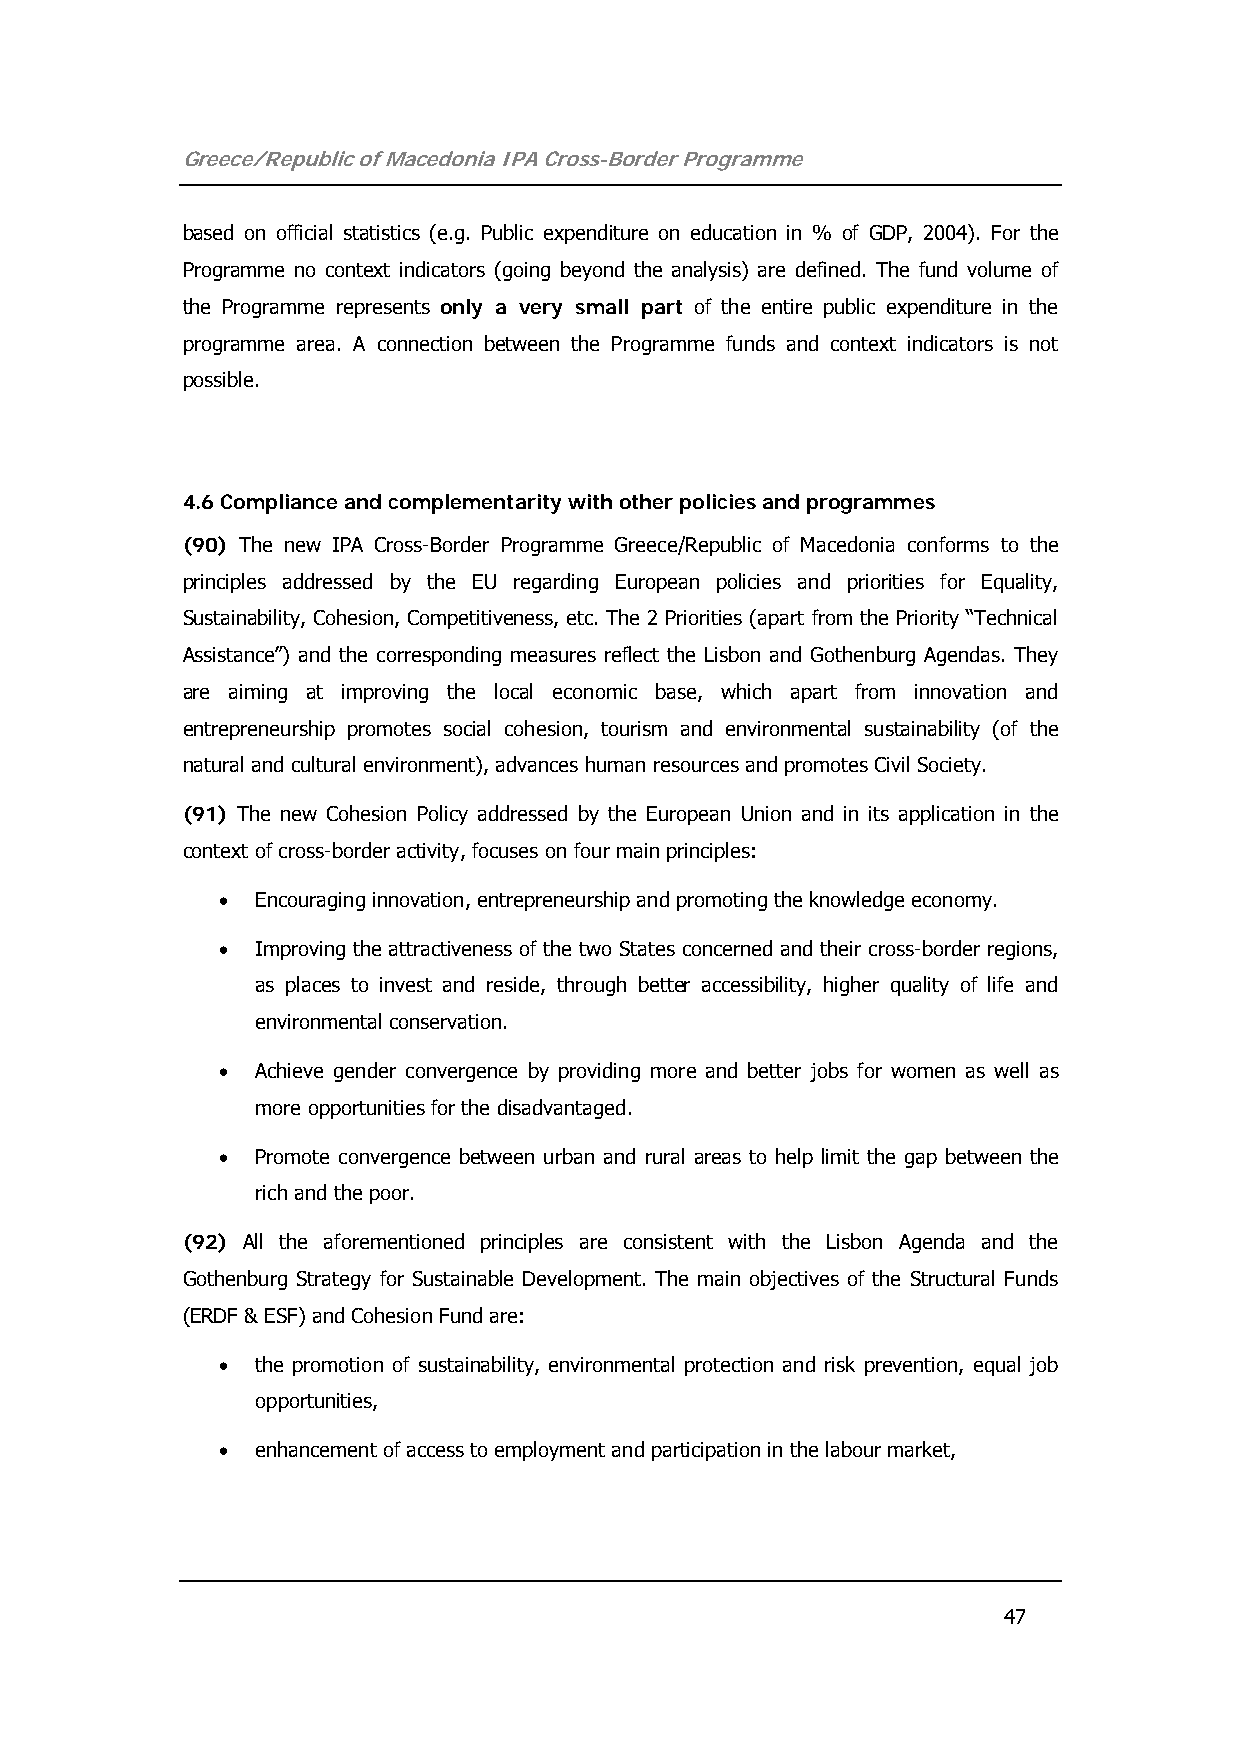
Greece/Republic of Macedonia IPA Cross-Border Programme
 based on official statistics (e.g. Public expenditure on education in % of GDP, 2004). For the
 Programme no context indicators (going beyond the analysis) are defined. The fund volume of
 the Programme represents only a very small part of the entire public expenditure in the
 programme area. A connection between the Programme funds and context indicators is not
 possible.
 4.6 Compliance and complementarity with other policies and programmes
 (90) The new IPA Cross-Border Programme Greece/Republic of Macedonia conforms to the
 principles addressed by the EU regarding European policies and priorities for Equality,
 Sustainability, Cohesion, Competitiveness, etc. The 2 Priorities (apart from the Priority “Technical
 Assistance”) and the corresponding measures reflect the Lisbon and Gothenburg Agendas. They
 are aiming at improving the local economic base, which apart from innovation and
 entrepreneurship promotes social cohesion, tourism and environmental sustainability (of the
 natural and cultural environment), advances human resources and promotes Civil Society.
 (91) The new Cohesion Policy addressed by the European Union and in its application in the
 context of cross-border activity, focuses on four main principles:
 •  Encouraging innovation, entrepreneurship and promoting the knowledge economy.
 •  Improving the attractiveness of the two States concerned and their cross-border regions,
 as places to invest and reside, through better accessibility, higher quality of life and
 environmental conservation.
 •  Achieve gender convergence by providing more and better jobs for women as well as
 more opportunities for the disadvantaged.
 •  Promote convergence between urban and rural areas to help limit the gap between the
 rich and the poor.
 (92) All the aforementioned principles are consistent with the Lisbon Agenda and the
 Gothenburg Strategy for Sustainable Development. The main objectives of the Structural Funds
 (ERDF & ESF) and Cohesion Fund are:
 •  the promotion of sustainability, environmental protection and risk prevention, equal job
 opportunities,
 •  enhancement of access to employment and participation in the labour market,
 47